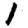
Digit: 1